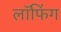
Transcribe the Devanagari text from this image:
लॉफिंग